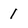
Character: 1